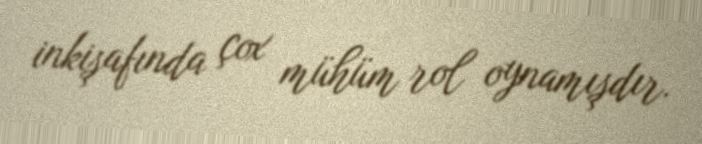
inkişafında çox mühüm rol oynamışdır.